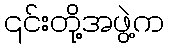
၎င်းတို့အဖွဲ့က